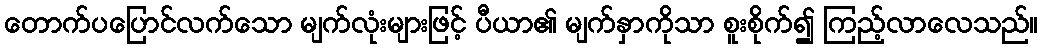
တောက်ပပြောင်လက်သော မျက်လုံးများဖြင့် ပီယာ၏ မျက်နှာကိုသာ စူးစိုက်၍ ကြည့်လာလေသည်။